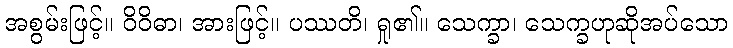
အစွမ်းဖြင့်။ ဝိဝိဓာ၊ အားဖြင့်။ ပဿတိ၊ ရှု၏။ သေက္ခာ၊ သေက္ခဟုဆိုအပ်သော